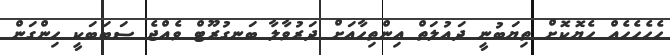
ހެހެެހެހެއް ހެޔޮކޮށް ތިޔަބުނީ ދައުލަތް އިންތިހާއަށް ދަރުވާލާ ބަނގުރޫޓް ވެއްޖެ ސަބަބަކީ ހިންގަން